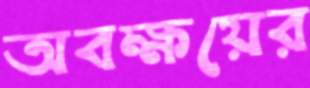
অবক্ষয়ের